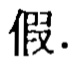
假.